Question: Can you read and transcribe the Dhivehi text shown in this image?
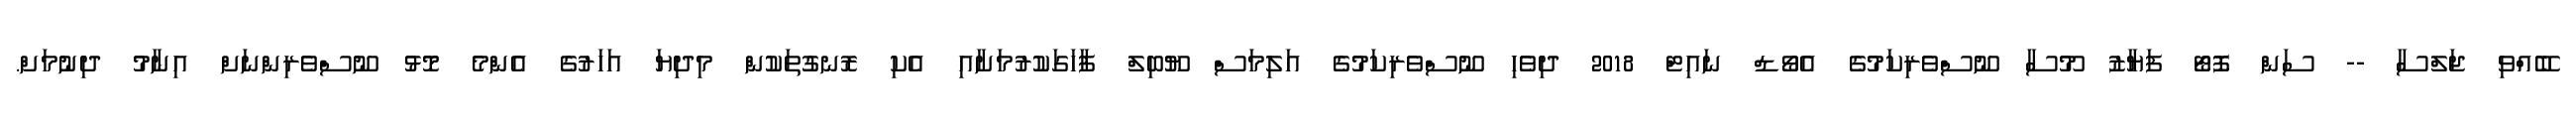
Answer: ބޭއްވި ޖަލްސާ -- ސަން ފޮޓޯ ފަޔާޒު މޫސާ ނޫސްވެރިކަމުގެ އެވޯޑް ނައިޓް 2018 ދިވެހި ނޫސްވެރިކަމުގެ އަލިމަސް ޔޫބިލް ފާހަގަކުރުމަށާއި އެކި ރޮނގުތަކުން މިދިޔަ އަހަރުގެ އެންމެ މޮޅު ނޫސްވެރިންނަށް އިނާމު ދިނުމަށް.